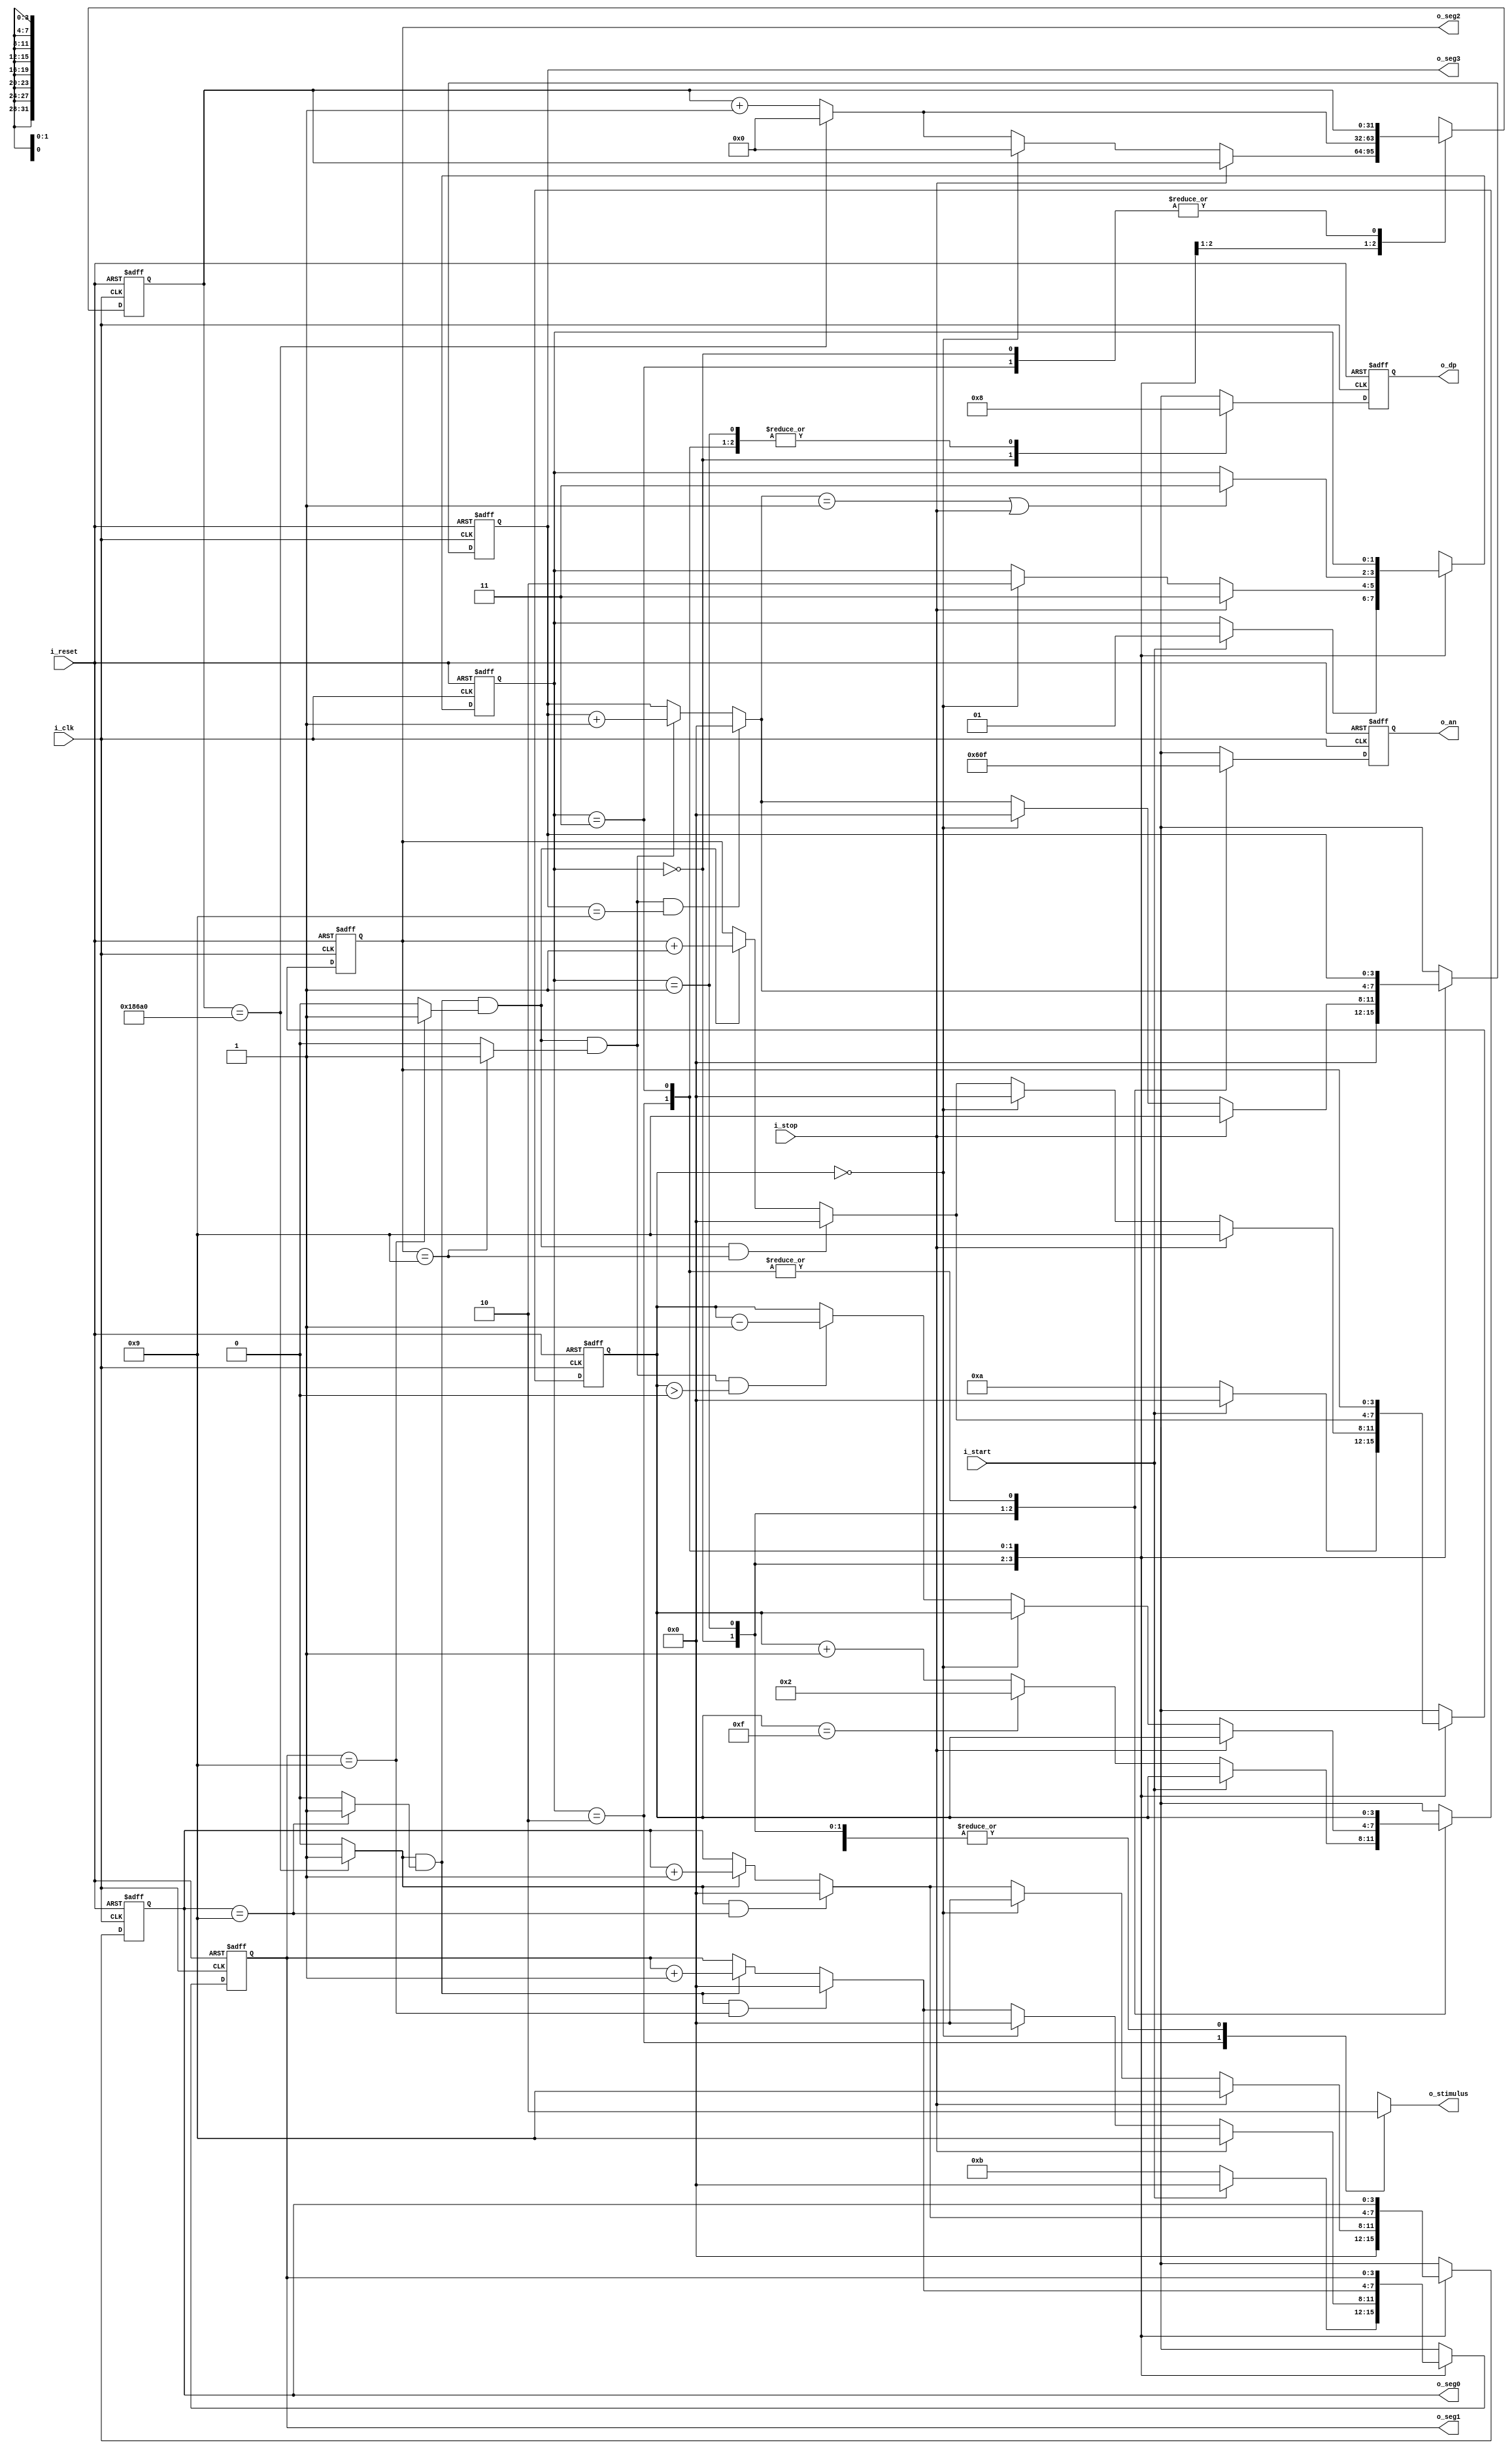
`timescale 1ns / 1ps
//////////////////////////////////////////////////////////////////////////////////
// Company: 
// Engineer: 
// 
// Design Name: 
// Module Name: reaction_timer
// Project Name: 
// Target Devices: 
// Tool Versions: 
// Description: 
// 
// Dependencies: 
// 
// Revision:
// Revision 0.01 - File Created
// Additional Comments:
// 
//////////////////////////////////////////////////////////////////////////////////


module reaction_timer(
    input i_clk, i_reset, 
    input i_start, i_stop, 
    output reg o_stimulus,
    output [3:0] o_seg3, o_seg2, o_seg1, o_seg0,
    output [3:0] o_dp,
    output [3:0] o_an
    );
    
    //definition for tick rate. defualt is for milliseconds
    parameter DVSR = 100000; //Mod-M counter for 0.001 second tick with 100MHZ clock

    //state definitions
    localparam [1:0] idle = 2'b00, //shows "HI" on seven seg, stimulus 0. press i_start to initiate test, seven seg goes off at this point
                     random_count = 2'b01,  
                     react = 2'b10,  
                     done = 2'b11;
    
    //register values
    reg  [1:0]  s_state_reg, s_state_next;
    reg  [3:0]  s_seg3_reg, s_seg2_reg, s_seg1_reg, s_seg0_reg;
    reg  [3:0]  s_seg3_next, s_seg2_next, s_seg1_next, s_seg0_next;
    reg  [3:0]  s_dp_reg, s_dp_next;
    reg  [3:0]  s_an_reg, s_an_next;
    
    reg  [31:0] s_ms_reg, s_ms_next;
    reg  [3:0]  s_rand_reg, s_rand_next;
    
    wire        s_seg3_en, s_seg2_en, s_seg1_en, s_seg0_en;              //Enable status of if 10, 1, and 0.1 second should count
    wire        s_ms_tick, s_seg2_tick, s_seg1_tick, s_seg0_tick;        //tick status 
    wire [3:0]  s_seg3_count, s_seg2_count, s_seg1_count, s_seg0_count;
    wire [31:0] s_ms_count;
    
    wire [3:0]  s_rand_count, s_rand_decrement;    
    
    always @(posedge i_clk, posedge i_reset)
        if (i_reset)
            begin
                s_state_reg    <= idle;
                s_seg3_reg     <= 0;
                s_seg2_reg     <= 0;
                s_seg1_reg     <= 0;
                s_seg0_reg     <= 0;
                s_dp_reg       <= 0;
                s_an_reg       <= 0;
                s_ms_reg       <= 0;
                s_rand_reg     <= 2;
            end
        else
            begin
                s_state_reg    <= s_state_next;
                s_seg3_reg     <= s_seg3_next;
                s_seg2_reg     <= s_seg2_next;
                s_seg1_reg     <= s_seg1_next;
                s_seg0_reg     <= s_seg0_next;
                s_dp_reg       <= s_dp_next;
                s_an_reg       <= s_an_next;
                s_ms_reg       <= s_ms_next;
                s_rand_reg     <= s_rand_next;
            end
    
    always @*
        begin
            //assign default values
            s_state_next = s_state_reg;
            s_seg3_next  = s_seg3_reg;
            s_seg2_next  = s_seg2_reg;
            s_seg1_next  = s_seg1_reg;
            s_seg0_next  = s_seg0_reg;
            s_dp_next    = 4'b1000;
            s_an_next    = 4'b1111;
            s_ms_next    = s_ms_reg;
            s_rand_next  = s_rand_reg;
            
            o_stimulus   = 1'b0;

            case(s_state_reg)
                idle: 
                    begin
                        //stimulus off
                        //display "HI" on segments 2 and 1
                        s_seg3_next = 4'h0;
                        s_seg2_next = 4'hA; //H
                        s_seg1_next = 4'hB; //I
                        s_seg0_next = 4'h0;
                        s_dp_next   = 4'b0000;
                        s_an_next   = 4'b0110;
                        
                        if(i_start) //displays HI until i_start goes active
                            begin
                                //once start pressed, turn off "HI" display and set to 0
                                s_seg2_next = 4'h0;
                                s_seg1_next = 4'h0;
                                s_state_next = random_count;
                            end
                         else
                            s_rand_next = s_rand_count;
                        
                    end
                random_count: //random count between 2 to 15 seconds (use seg3 counter). seg display off
                    begin
                        
                        s_an_next = 4'b0000;
                         
                        if(i_stop) //if button pushed before stimulus reg set, display "9.999"
                            begin
                                s_seg3_next = 4'h9;
                                s_seg2_next = 4'h9;
                                s_seg1_next = 4'h9;
                                s_seg0_next = 4'h9;
                                s_state_next = done;
                            end
                        else if (s_rand_reg == 0) //Random count between 2 to 15 seconds
                            begin
                                s_state_next = react;
                                s_seg3_next = 4'h0;
                                s_seg2_next = 4'h0;
                                s_seg1_next = 4'h0;
                                s_seg0_next = 4'h0;
                                s_ms_next   = 0;
                            end
                        else //otherwise, increment count
                            begin
                                s_seg3_next = s_seg3_count;
                                s_seg2_next = s_seg2_count;
                                s_seg1_next = s_seg1_count;
                                s_seg0_next = s_seg0_count;
                                s_ms_next   = s_ms_count;
                                s_rand_next = s_rand_decrement;
                            end
                    
                    end
                react:
                    begin
                        o_stimulus = 1'b1;
                        s_seg3_next = s_seg3_count;
                        s_seg2_next = s_seg2_count;
                        s_seg1_next = s_seg1_count;
                        s_seg0_next = s_seg0_count;
                        s_ms_next   = s_ms_count;
                        
                        if(s_seg3_next == 4'h1 || i_stop) //stop count when reach 1 second or stop button pushed
                            s_state_next = done;
                    end
                done: 
                    begin
                        o_stimulus = 1'b0;
                        //something fun here? a blink?
                    end
            endcase
        end
    
    //data path logic
    //counter ticks when reaching 9 for 0.001, 0.01, 0.1, and 1 second
    assign s_ms_tick   = (s_ms_reg == DVSR) ? 1'b1 : 1'b0;
    assign s_seg0_tick = (s_seg0_reg == 9)  ? 1'b1 : 1'b0;
    assign s_seg1_tick = (s_seg1_reg == 9)  ? 1'b1 : 1'b0;
    assign s_seg2_tick = (s_seg2_reg == 9)  ? 1'b1 : 1'b0;
    
    //enable status for segment to increment if smaller value at 9
    assign s_seg0_en   = s_ms_tick; 
    assign s_seg1_en   = s_ms_tick && s_seg0_tick; 
    assign s_seg2_en   = s_ms_tick && s_seg0_tick && s_seg1_tick; 
    assign s_seg3_en   = s_ms_tick && s_seg0_tick && s_seg1_tick && s_seg2_tick; 

    //temporary count wires to increment registers
    assign s_rand_count = (s_rand_reg == 15) ? 4'h2 : s_rand_reg + 1;
    assign s_rand_decrement = (s_seg3_en && s_rand_reg > 0) ? s_rand_reg - 1 : s_rand_reg;
    
    assign s_ms_count   = (s_ms_reg == DVSR) ? 0 : s_ms_reg + 1;
    
    assign s_seg0_count = (s_seg0_en && (s_seg0_reg == 9)) ? 4'b0000 :
                                               (s_seg0_en) ? s_seg0_reg + 1 : 
                                                             s_seg0_reg;

    assign s_seg1_count = (s_seg1_en && (s_seg1_reg == 9)) ? 4'b0000:
                                               (s_seg1_en) ? s_seg1_reg + 1 : 
                                                             s_seg1_reg;
                                                     
    assign s_seg2_count = (s_seg2_en && (s_seg2_reg == 9)) ? 4'b0000:
                                               (s_seg2_en) ? s_seg2_reg + 1 : 
                                                             s_seg2_reg;
                                                     
    assign s_seg3_count = (s_seg3_en && (s_seg3_reg == 9)) ? 4'b0000:
                                               (s_seg3_en) ? s_seg3_reg + 1 : 
                                                             s_seg3_reg;
    
    //output logic
    assign o_seg0 = s_seg0_reg;
    assign o_seg1 = s_seg1_reg;
    assign o_seg2 = s_seg2_reg;
    assign o_seg3 = s_seg3_reg;
    assign o_dp = s_dp_reg;
    assign o_an = s_an_reg;
        
endmodule